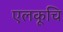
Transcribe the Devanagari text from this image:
एलकूचि